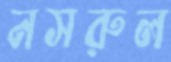
নসরুল